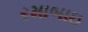
રમાબાઇ